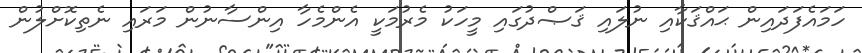
ހަމައެފަދައިން ޙައްޤަކާއި ނުލައި ޤަޞްދުގައި މީހަކު މެރުމަކީ އެންމެހާ އިންސާނުން މަރައި ނެތިކޮށްލުން